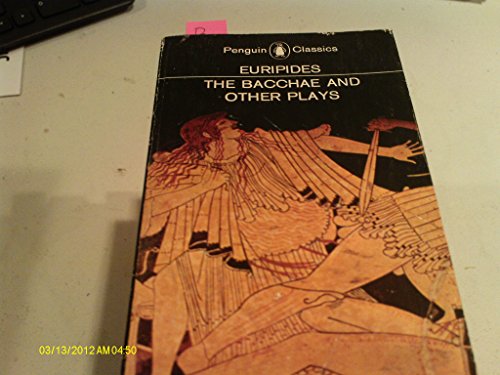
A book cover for The Bacchae and Other Plays (Penguin Classics); Euripides; Literature & Fiction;